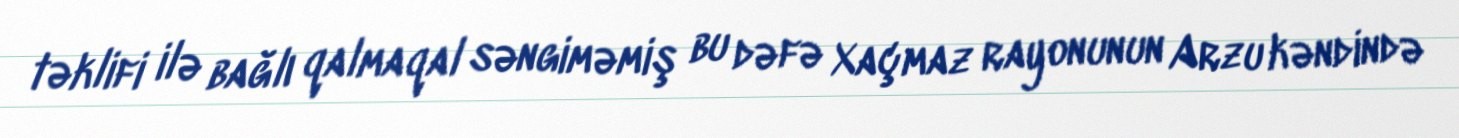
təklifi ilə bağlı qalmaqal səngiməmiş bu dəfə Xaçmaz rayonunun Arzu kəndində